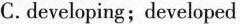
C.developing;developed